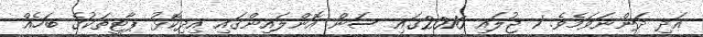
އަދި ދަންނަވަމެވެ. 1 ޖުލައި 2016ގައި ސަން އޮންލައިންގައި އިދިކޮޅު ޕާޓީތަކުގެ ބަހެއް